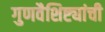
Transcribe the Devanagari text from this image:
गुणवैशिष्ट्यांची